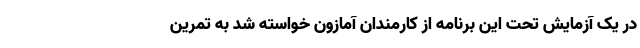
در یک آزمایش تحت این برنامه از کارمندان آمازون خواسته شد به تمرین